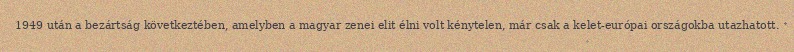
1949 után a bezártság következtében, amelyben a magyar zenei elit élni volt kénytelen, már csak a kelet-európai országokba utazhatott.